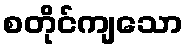
စတိုင်ကျသော